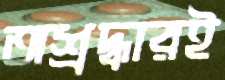
অশ্রদ্ধারই